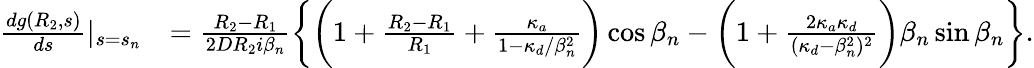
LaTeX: \begin{array}{rl}{\frac{dg(R_{2},s)}{ds}|_{s=s_{n}}}&{=\frac{R_{2}-R_{1}}{2DR_{2}i\beta_{n}}\biggl\{ \biggl(1+\frac{R_{2}-R_{1}}{R_{1}}+\frac{\kappa_{a}}{1-\kappa_{d}/\beta_{n}^{2}}\biggr)\cos\beta_{n}-\biggl(1+\frac{2\kappa_{a}\kappa_{d}}{(\kappa_{d}-\beta_{n}^{2})^{2}}\biggr)\beta_{n}\sin\beta_{n}\biggr\} .}\end{array}